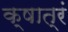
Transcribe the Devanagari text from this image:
क्षात्रं